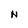
Character: n